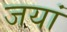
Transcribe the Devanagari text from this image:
जयां